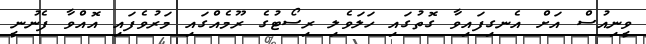
ވީނިއުސް އަށް އެނގިފައިވާ ގޮތުގައި ހަލަވެލި ރިސޯޓުގެ ރޫމެއްގައި މަރުވެފައި އޮއްވާ ފެނުނީ